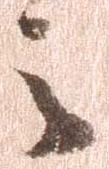
之